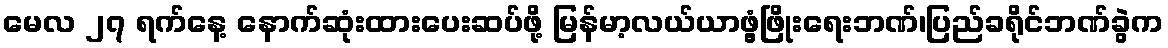
မေလ ၂၇ ရက်နေ့ နောက်ဆုံးထားပေးဆပ်ဖို့ မြန်မာ့လယ်ယာဖွံ့ဖြိုးရေးဘဏ်၊ပြည်ခရိုင်ဘဏ်ခွဲက